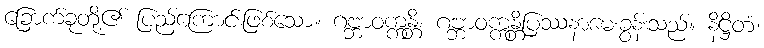
ခြောက်ခုတို့၏ ပြည့်ကြောင်းဖြစ်သော။ ဂဗ္ဘာဝက္ကန္တိ၊ ဂဗ္ဘာဝက္ကန္တိပြဿနာမေးခွန်းသည်။ နိဋ္ဌိတံ၊